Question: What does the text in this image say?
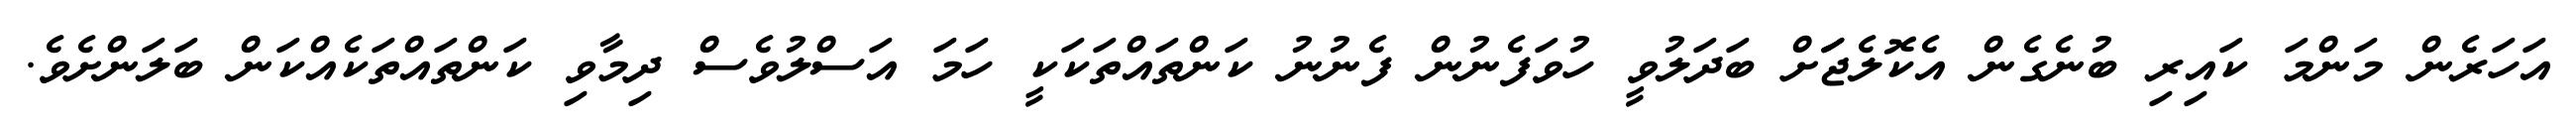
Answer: އަހަރެން މަންމަ ކައިރި ބުނެގެން އެކޮލެޖަަށް ބަދަލުވީ ހުވަފެނުން ފެނުނު ކަންތައްތަކަކީ ހަމަ އަސްލުވެސް ދިމާވި ކަންތައްތަކެއްކަން ބަލަންށެވެ.